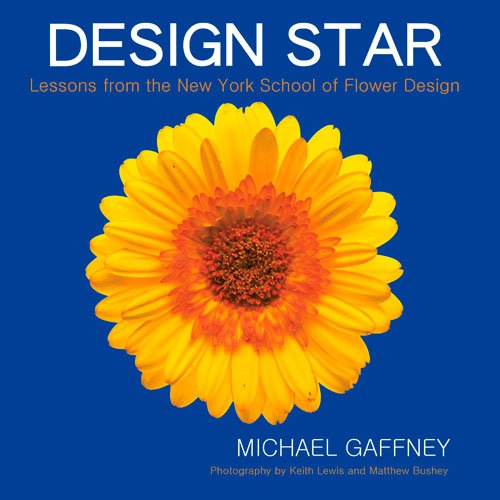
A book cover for Design Star: Lessons from the New York School of Flower Design; Michael Gaffney; Crafts, Hobbies & Home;